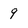
Character: 9